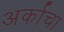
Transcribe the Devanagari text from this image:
अर्काचा